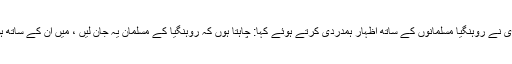
ڈھاکہ میں کیتھولک چرچ کے پادری نے روہنگیا مسلمانوں کے ساتھ اظہار ہمدردی کرتے ہوئے کہا: چاہتا ہوں کہ روہنگیا کے مسلمان یہ جان لیں ، میں اُن کے ساتھ ہوں اور اُن کے غم میں شریک ہوں ۔